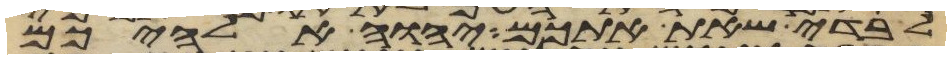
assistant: לבדי שאת אתכם יהוה אלהיכם